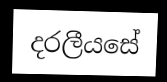
දරලීයසේ